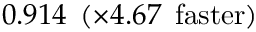
0 . 9 1 4 \: \: ( \times 4 . 6 7 \: \: \mathrm { f a s t e r } )